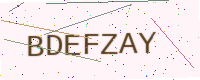
Text: BDEFZAY